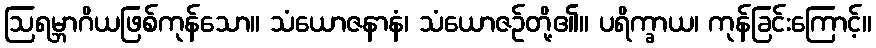
ဩရမ္ဘာဂိယဖြစ်ကုန်သော။ သံယောဇနာနံ၊ သံယောဇဉ်တို့၏။ ပရိက္ခာယ၊ ကုန်ခြင်းကြောင့်။